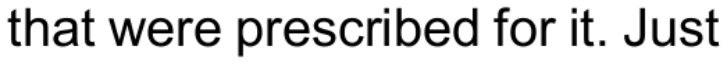
that were prescribed for it. Just